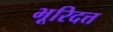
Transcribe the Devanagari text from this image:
भूरिदत्त